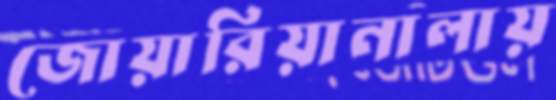
জোয়ারিয়ানালায়